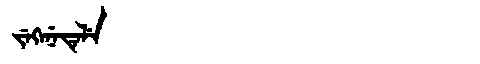
Manchu: ᠵᡝᡴᡝᠨᡝᡨᡝᠯᡝ
Romanization: JEKENETELE